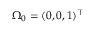
\Omega _ { 0 } = ( 0 , 0 , 1 ) ^ { \top }